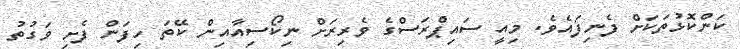
ކަންކޮޅުތަކަށް ފެނިފައެވެ. މިއީ ސައިޕްރަސްގެ ވެރިރަށް ނިކޯސިއާއިން ކޭތަ ހިފަން ފެށި ވަގުތު